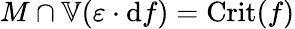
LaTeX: M\cap\mathbb{V}(\varepsilon\cdot\mathrm{d}f)={\mathrm{Crit}}(f)